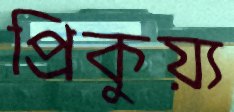
প্রিকুয়্য